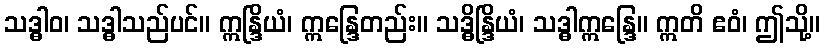
သဒ္ဓါဝ၊ သဒ္ဓါသည်ပင်။ ဣန္ဒြိယံ၊ ဣန္ဒြေတည်း။ သဒ္ဓိန္ဒြိယံ၊ သဒ္ဓါဣန္ဒြေ။ ဣတိ ဧဝံ၊ ဤသို့။